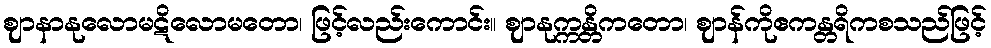
ဈာနာနုလောမဋိလောမတော၊ ဖြင့်လည်းကောင်း။ ဈာနုက္ကန္တိကတော၊ ဈာန်ကိုဧကန္တရိကစသည်ဖြင့်